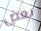
بعض